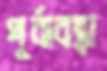
পূর্বাবস্থা